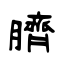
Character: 臍